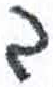
אות: ב